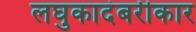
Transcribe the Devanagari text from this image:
लघुकादंबरीकार